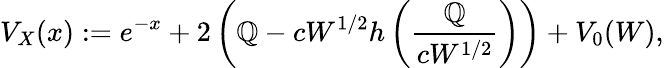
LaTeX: V_{X}(x):=e^{-x}+2\left(\mathbb{Q}-cW^{1/2}h\left(\frac{{\mathbb{Q}}}{{cW^{1/2}}}\right)\right)+V_{0}(W),